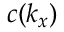
c ( k _ { x } )